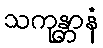
သကုန္တာနံ